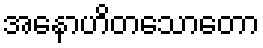
အနောဟိတသောတော